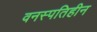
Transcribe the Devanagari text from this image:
वनस्‍पतिहीन